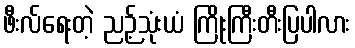
ဖီးလ်ရေးတဲ့ ညဉ့်သုံးယံ ကြိုးကြီးတီးပြပါလား